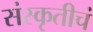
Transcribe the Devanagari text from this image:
संस्कृतीचं